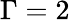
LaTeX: \Gamma=2